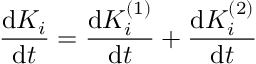
\frac { \mathrm { d } K _ { i } } { \mathrm { d } t } = \frac { \mathrm { d } K _ { i } ^ { ( 1 ) } } { \mathrm { d } t } + \frac { \mathrm { d } K _ { i } ^ { ( 2 ) } } { \mathrm { d } t }